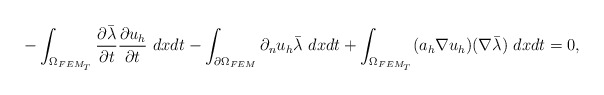
\begin{align*}&- \int_{\Omega_{FEM_T}} \frac{\partial \bar{\lambda}}{\partial t} \frac{\partial u_h}{\partial t}~ dxdt - \int_{\partial \Omega_{FEM}} \partial_n u_h \bar{\lambda} ~ dxdt+ \int_{\Omega_{FEM_T}} ( a_h \nabla u_h) (\nabla \bar{\lambda}) ~ dxdt = 0,\end{align*}